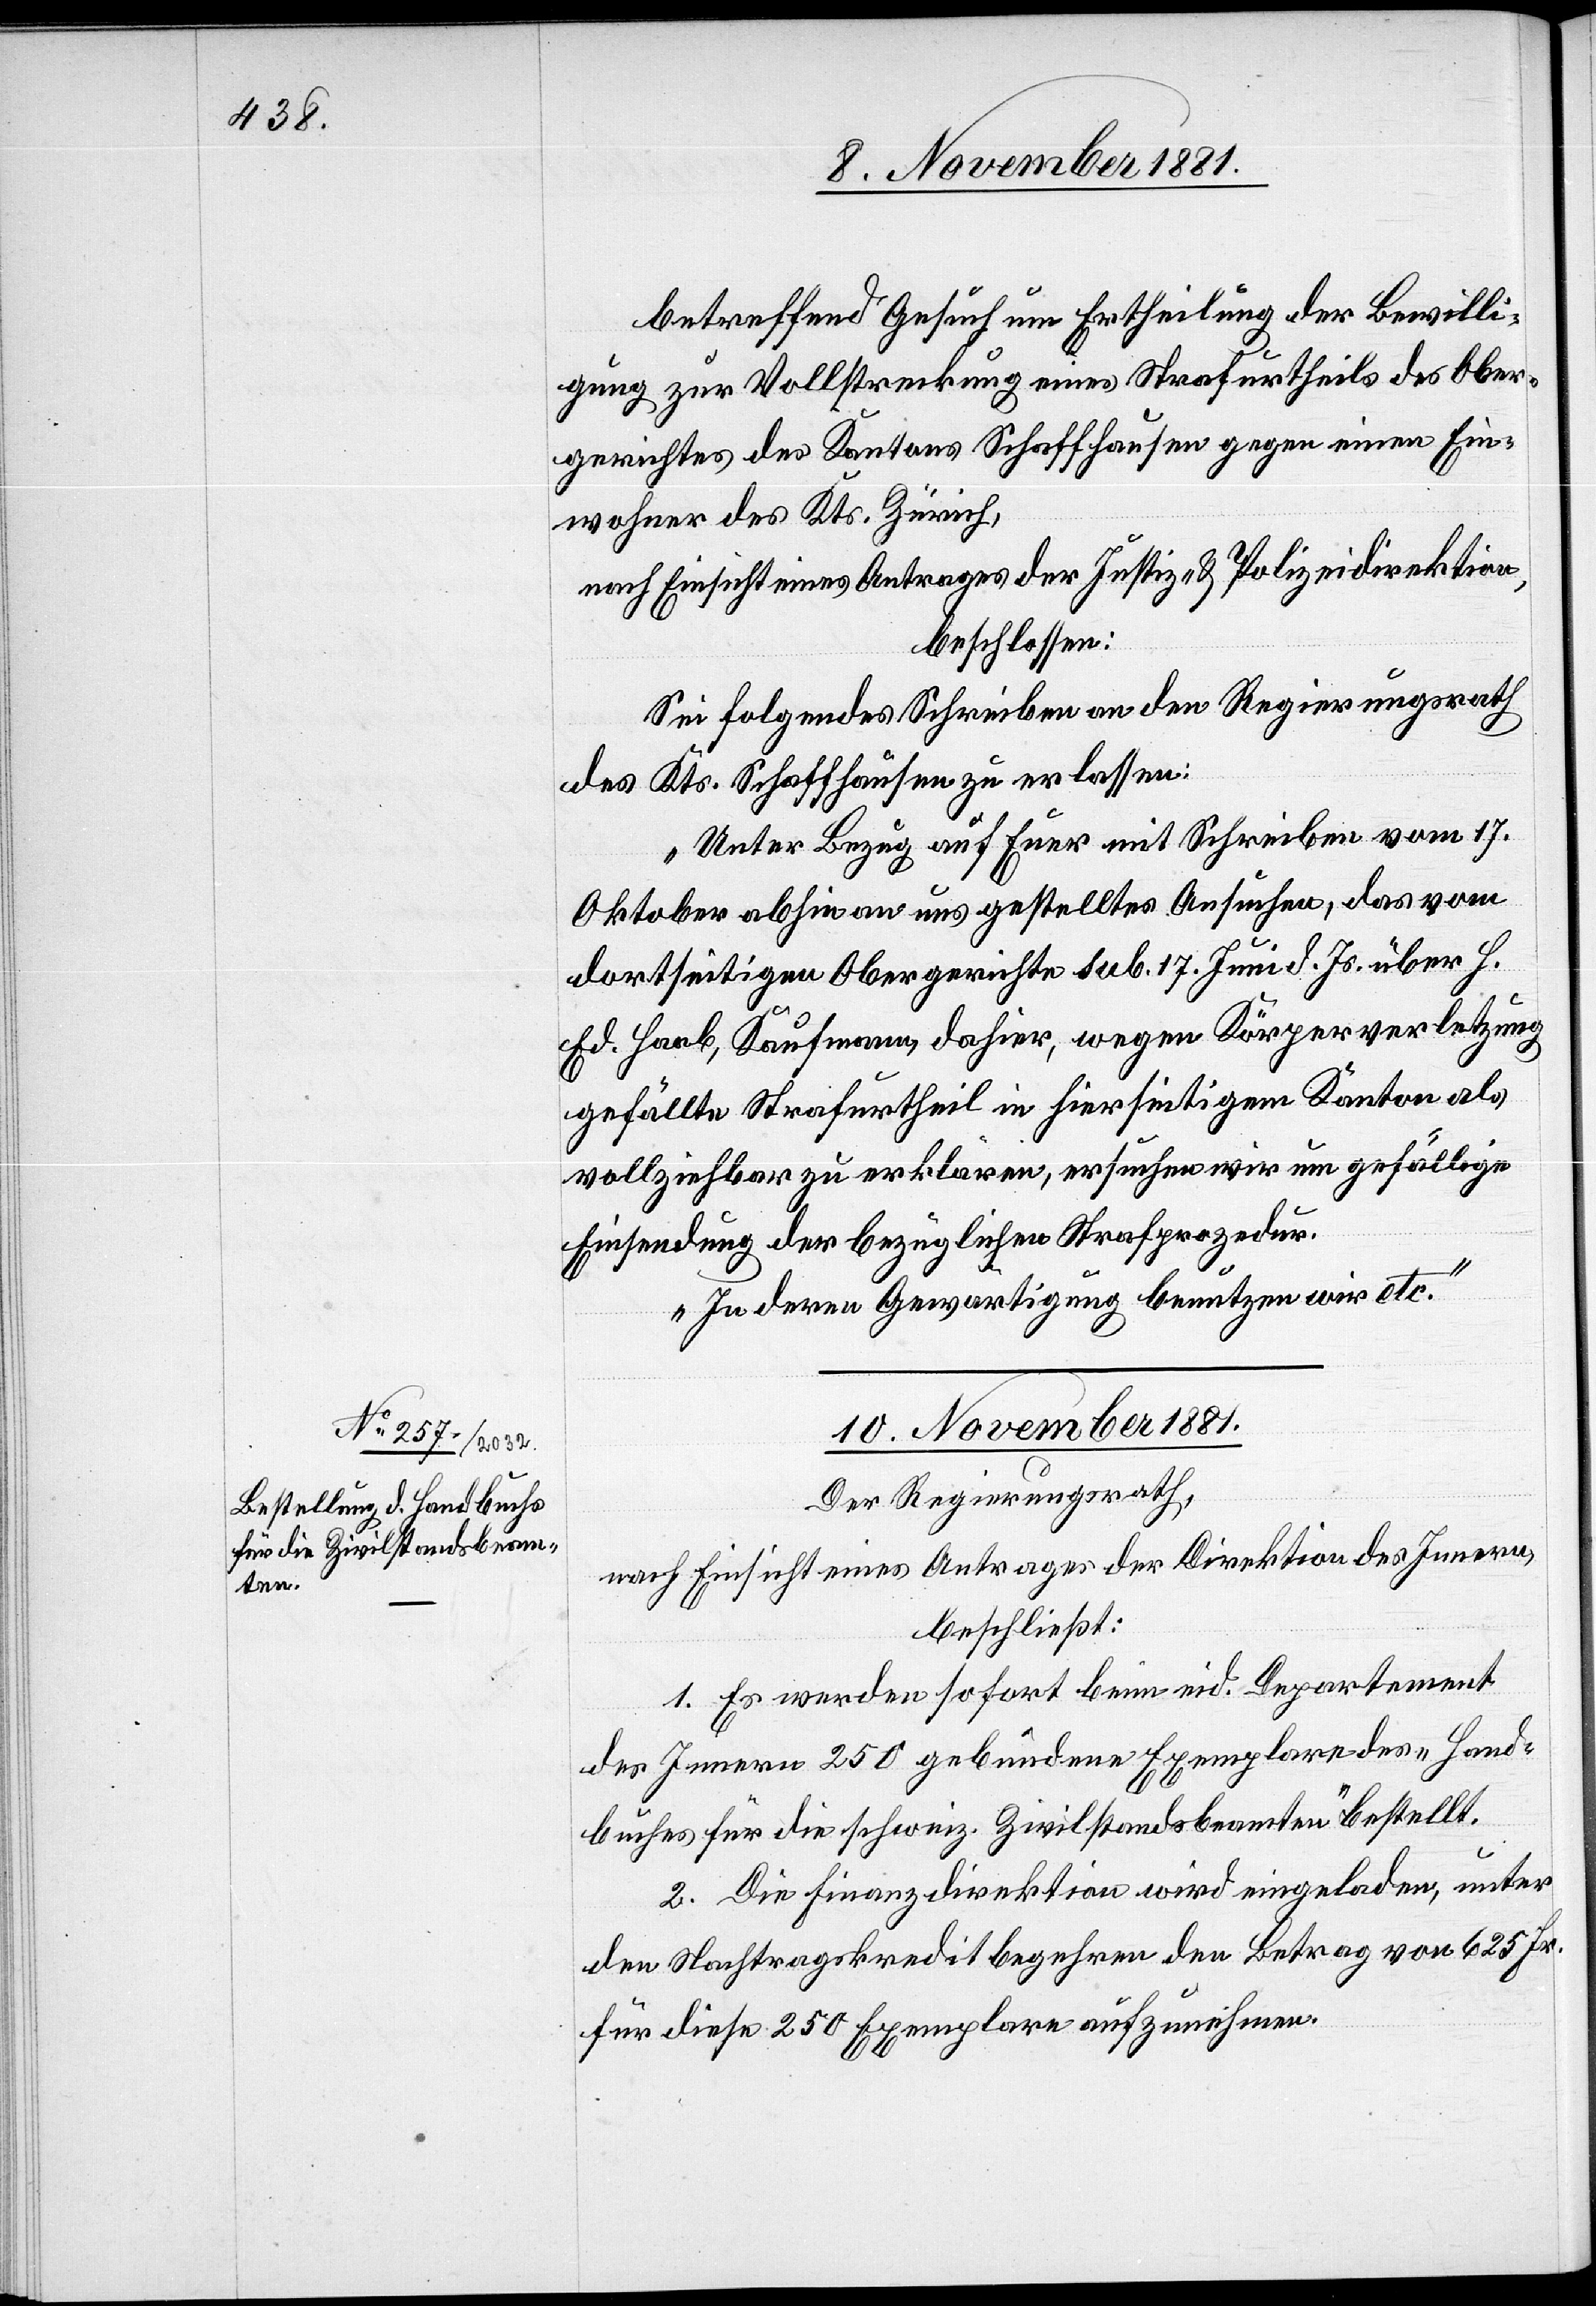
betreffend Gesuch um Ertheilung der Bewilli¬
gung zur Vollstreckung eines Strafurtheils des Ober¬
gerichtes des Kantons Schaffhausen gegen einen Ein¬
wohner des Kts. Zürich,
nach Einsicht eines Antrages der Justiz- & Polizeidirektion,
beschlossen:
Sei folgendes Schreiben an den Regierungsrath
des Kts. Schaffhausen zu erlassen:
„Unter Bezug auf Euer mit Schreiben vom 17.
Oktober abhin uns gestelltes Ansuchen, das vom
dortseitigen Obergerichte sub. 17. Juni d. Js. über H.
Ed. Haab, Kaufmann, dahier, wegen Körperverletzung
gefällte Strafurtheil in hierseitigem Kanton als
vollziehbar zu erklären, ersuchen wir um gefällige
Einsendung der bezüglichen Strafprozedur.
In deren Gewärtigung benutzen wir etc.“
10. November 1881.
Der Regierungsrath,
nach Einsicht eines Antrages der Direktion des Innern,
beschließt:
1. Es werden sofort beim eid. Departement
des Innern 250 gebundene Exemplare des „Hand¬
buches für die schweiz. Zivilstandsbeamten“ bestellt.
2. Die Finanzdirektion wird eingeladen, unter
den Nachtragskreditbegehren den Betrag von 625 Fr.
für diese 250 Exemplare aufzunehmen.